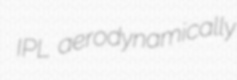
IPL aerodynamically